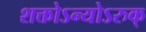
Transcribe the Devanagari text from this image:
शक्तोऽन्योऽरुक्